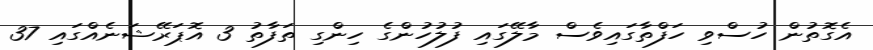
އެގޮތުން ހުސްވި ހަފްތާގައިވެސް މާލޭގައި ފުލުހުންގެ ހިންގި ތަފާތު 3 އޮޕަރޭޝަނެއްގައި 37